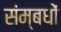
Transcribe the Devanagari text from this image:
संम्बधों